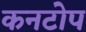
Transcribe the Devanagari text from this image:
कनटोप